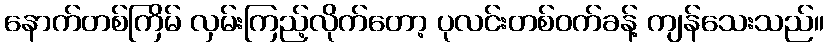
နောက်တစ်ကြိမ် လှမ်းကြည့်လိုက်တော့ ပုလင်းတစ်ဝက်ခန့် ကျန်သေးသည်။